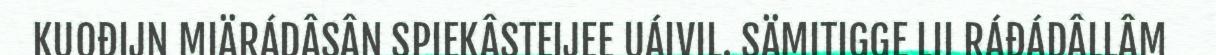
KUOĐIJN MIÄRÁDÂSÂN SPIEKÂSTEIJEE UÁIVIL. SÄMITIGGE LII RÁĐÁDÂLLÂM